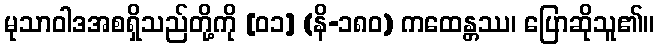
မုသာဝါဒအစရှိသည်တို့ကို [၀၁] (နိ-၁၈၀) ကထေန္တဿ၊ ပြောဆိုသူ၏။